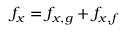
f _ { x } = f _ { x , g } + f _ { x , f }